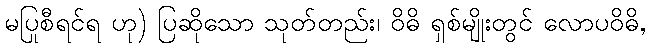
မပြုစီရင်ရ ဟု) ပြဆိုသော သုတ်တည်း၊ ဝိဓိ ရှစ်မျိုးတွင် လောပဝိဓိ,